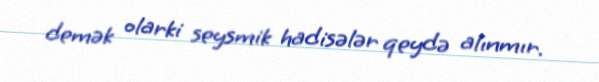
demək olarki seysmik hadisələr qeydə alınmır.